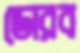
ডোরব